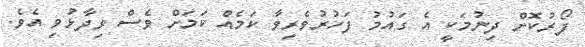
ފޯރުކޮށް ދިނުމަކީ އެ ގައުމު ފަހުރުވެރިވާ ކަމެއް ކަމަށް ވެސް ވިދާޅުވި އެވެ.